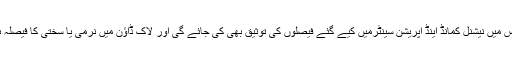
اجلاس میں نیشنل کمانڈ اینڈ آپریشن سینٹرمیں کیے گئے فیصلوں کی توثیق بھی کی جائے گی اور لاک ڈاؤن میں نرمی یا سختی کا فیصلہ ہوگا۔